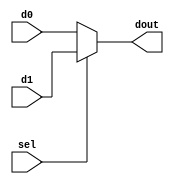
module sel2to1(d0, d1, sel, dout);
input [7:0] d0, d1;
input sel;
output [7:0] dout;

function [7:0] select;
input [7:0] data1, data2;
input s;

if (s == 1'b0)
    select = data1;
else
    select = data2;

endfunction

assign dout = select(d0, d1, sel);

endmodule